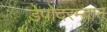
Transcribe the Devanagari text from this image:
डेपोदरम्यान